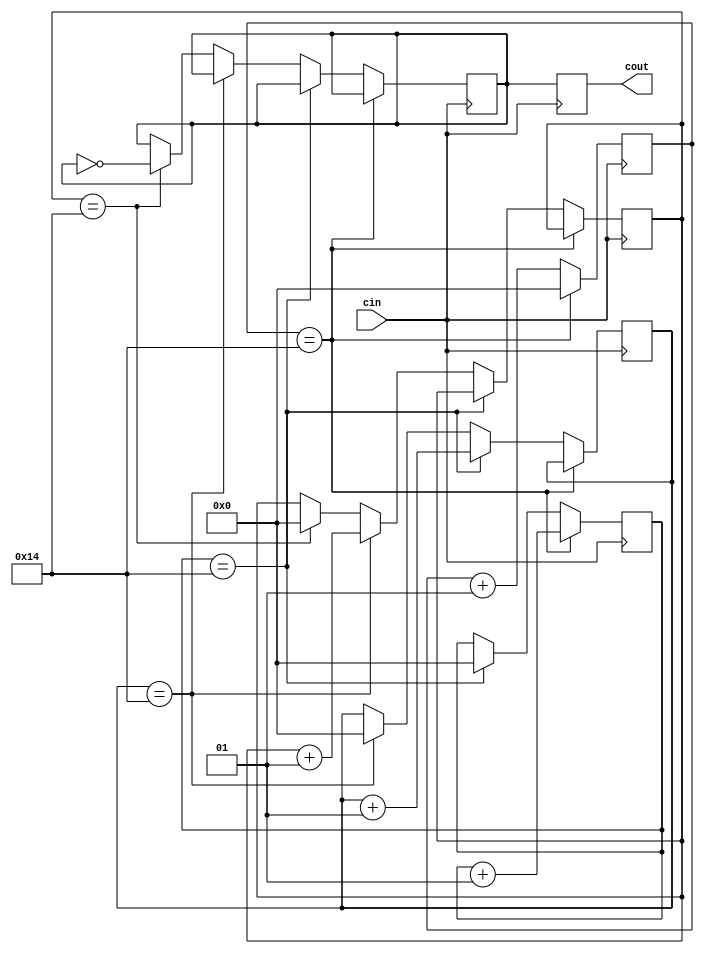
`timescale 1ns / 1ps
//////////////////////////////////////////////////////////////////////////////////
// Company: 
// Engineer: 
// 
// Design Name: 
// Module Name: clock_divider
// Project Name: 
// Target Devices: 
// Tool Versions: 
// Description: 
// 
// Dependencies: 
// 
// Revision:
// Revision 0.01 - File Created
// Additional Comments:
// 
//////////////////////////////////////////////////////////////////////////////////


module clock_divider(
    output reg cout,
    input cin
    );
    
   
    parameter timeconst = 20;//constant
    
     
    integer count0;
    integer count1; 
    integer count2; 
    integer count3; 
    
    reg d;
    
    initial
    begin
        count0=0;
        count1=0;
        count2=0;
        count3=0;
        d = 0;
    end
    
    always @ (posedge cin )
    begin
        count0 <= (count0 + 1);
        if ((count0 == timeconst))
        begin
            count0 <= 0;
            count1 <= (count1 + 1); 
        end
        else if ((count1 == timeconst)) 
        begin
            count1 <= 0;
            count2 <= (count2 + 1);
        end
        else if ((count2 == timeconst)) 
        begin
            count2 <= 0;
            count3 <= (count3 + 1); 
        end
        else if ((count3 == timeconst)) 
        begin
            count3 <= 0; 
            d <= ~ (d);
        end 
        cout <= d;
    end // end always
endmodule